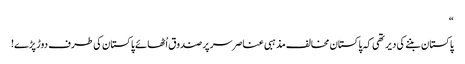
“
پاکستان بننے کی دیر تھی کہ پاکستان مخالف مذہبی عناصر سر پر صندوق اُٹھائے پاکستان کی طرف دوڑ پڑے!